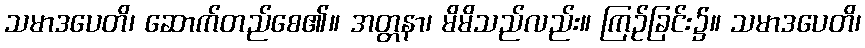
သမာဒပေတိ၊ ဆောက်တည်စေ၏။ အတ္တနာ၊ မိမိသည်လည်း။ ကြဉ်ခြင်း၌။ သမာဒပေတိ၊